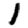
Digit: 1